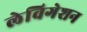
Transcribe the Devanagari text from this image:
लेविगेशन